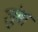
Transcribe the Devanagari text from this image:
लूंबा